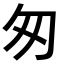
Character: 匆